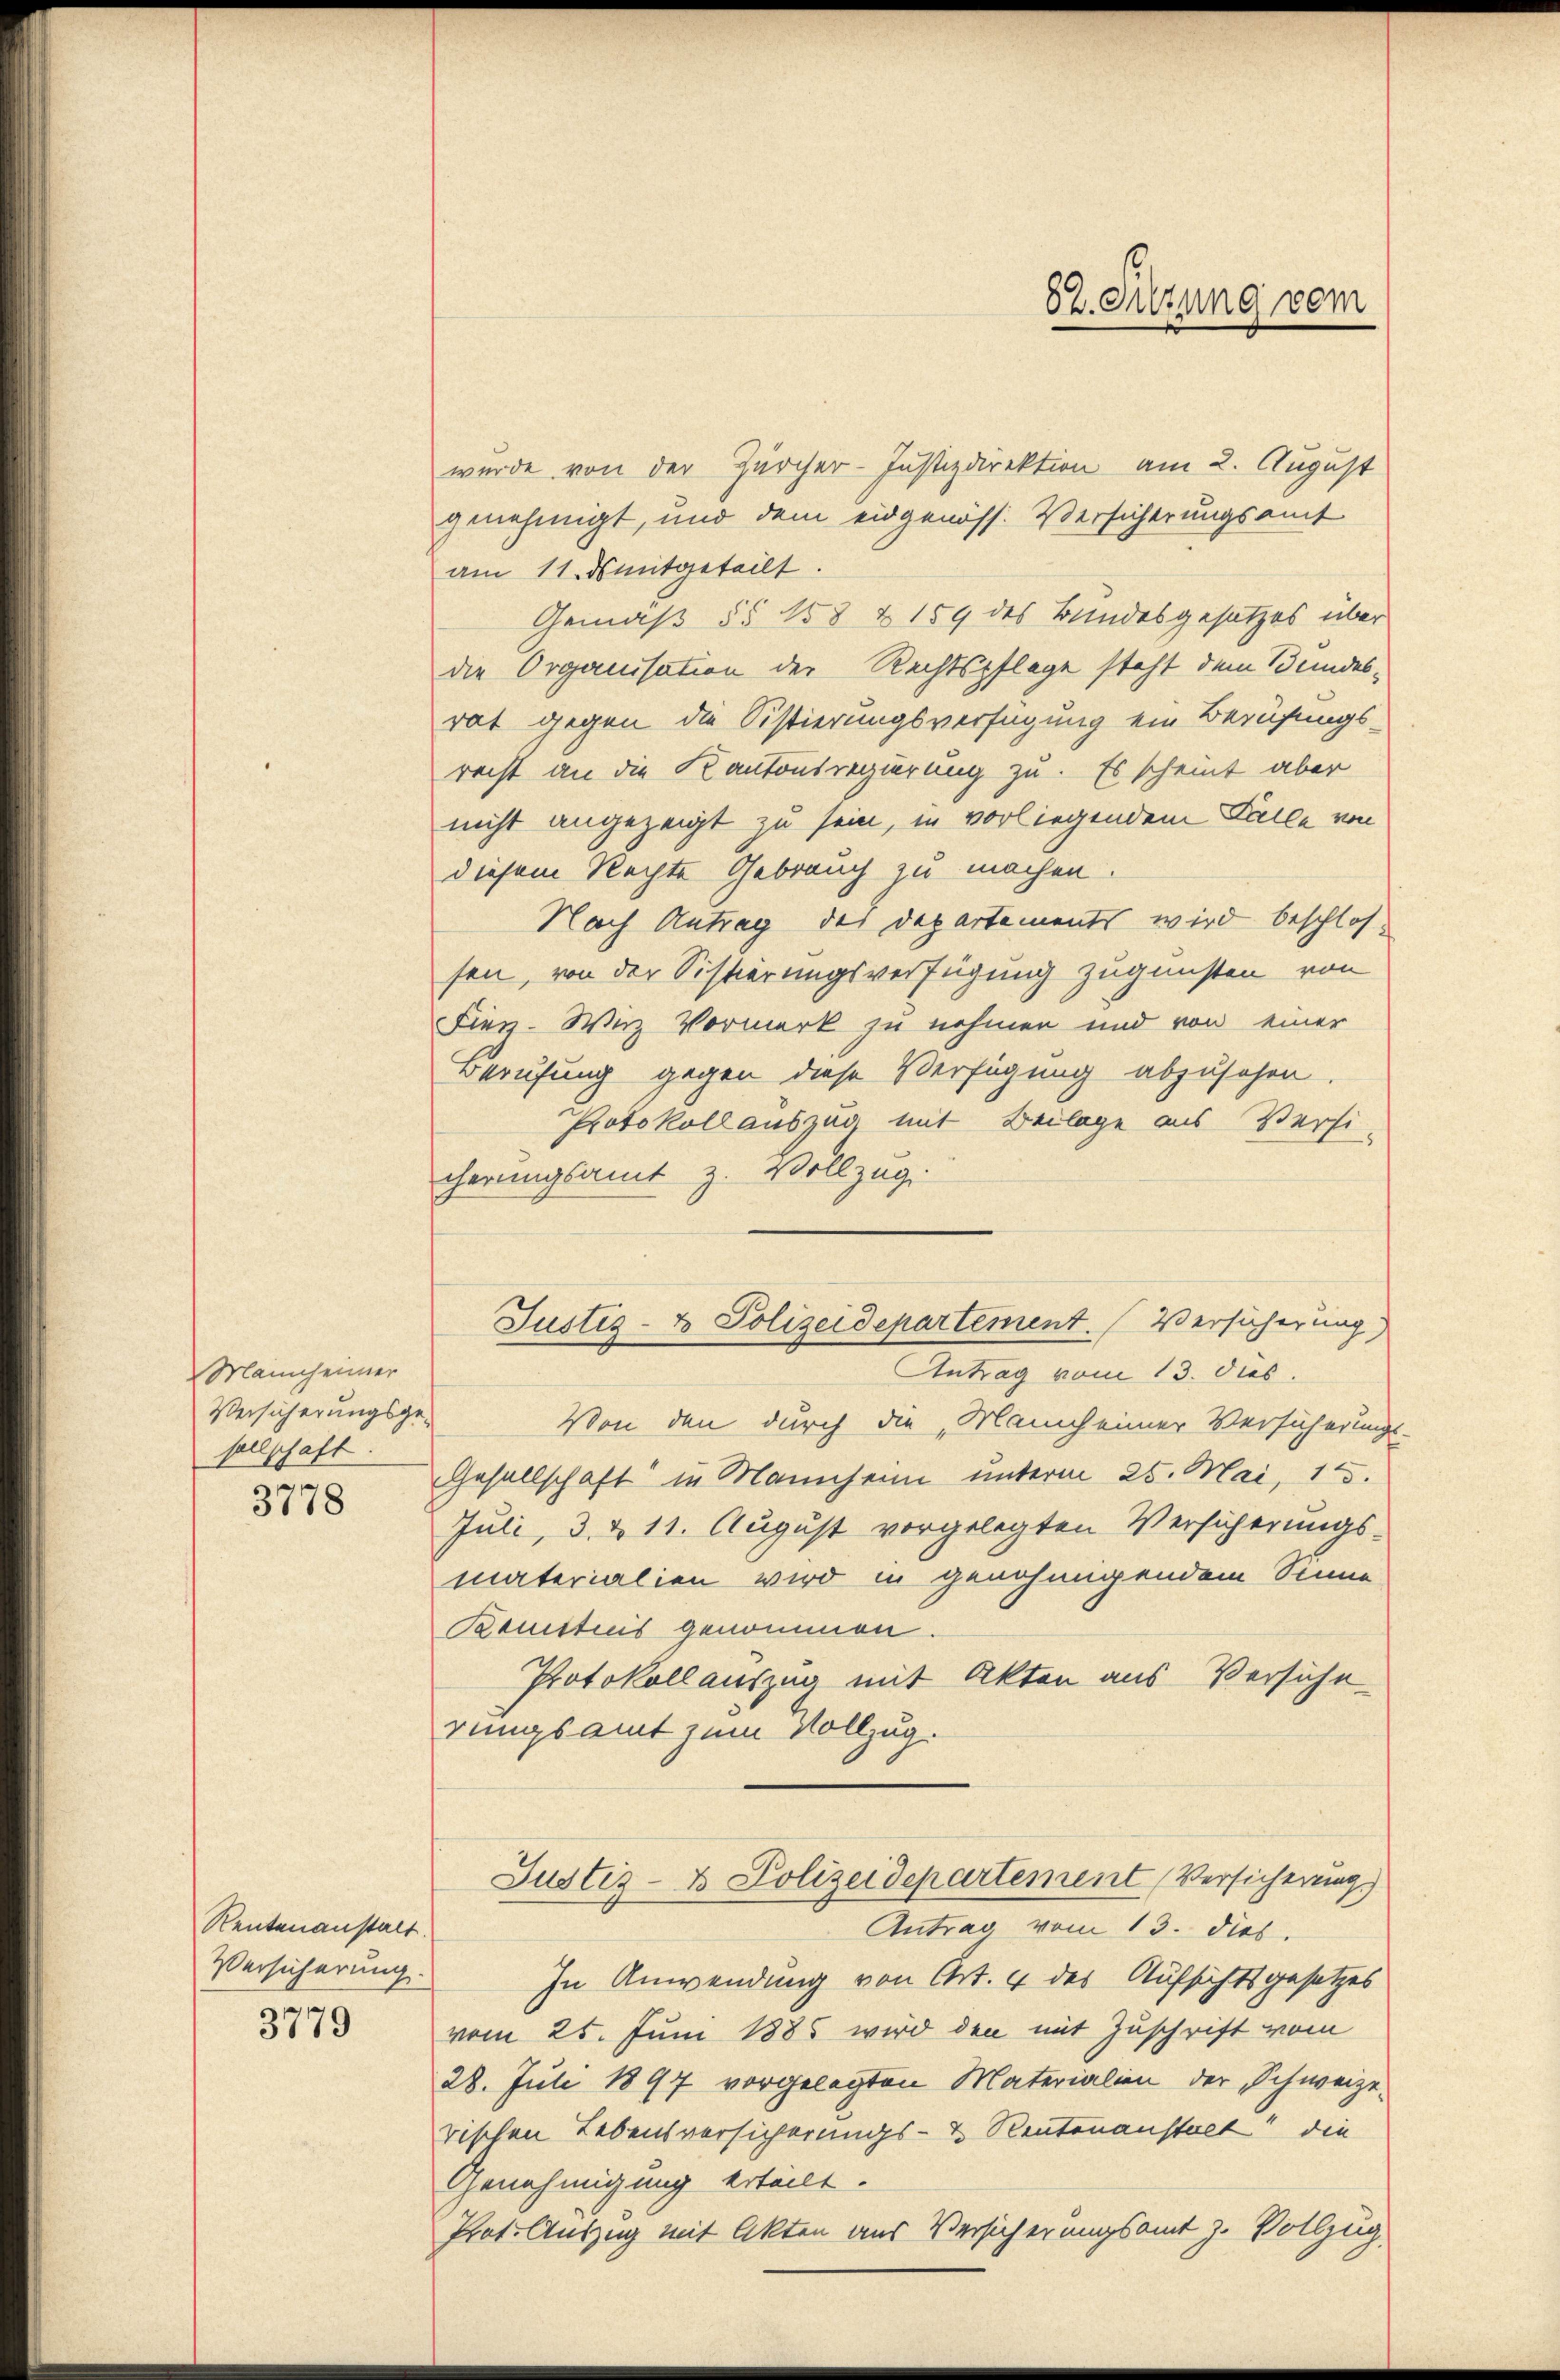
Mannheimer
Versicherungsgesellschaft

3778

Rentenanstalt.
Versicherung.
3779

wurde von der Zürcher-Justizdirektion am 2. August
genehmigt, und dem eidgenöss. Versicherungsamt
am 11. dsmitgeteilt.
Gemäß §§ 158 & 159 des Bundesgesetzes über
die Organisation der Rechtspflege steht dem Bundesrat gegen die Sistierungsverfügung ein Berufungs-
recht an die Kantonsregierung zu. Es scheint aber
nicht angezeigt zu sein, in vorliegendem Falle von
diesem Rechte Gebrauch zu machen.
Nach Antrag des Departements wird beschlos
sen, von der Sistierungsverfügung zugunsten von
Fien. Wirz Vormerk zu nehmen und von einer
Berufung gegen diese Verfügung abzusehen.
Protokoll auszug mit Beilage aus Versi-
cherungsamt z. Vollzug.
Von den durch die „Manch einer Versicherungs-
Gesellschaft in Mannheim unterm 25. Mai, 15.
Juli, d. d. 11. August vorgelegten Versicherungsmaterialien wird in genehmigendem Sinne
Benitens genommen.
Protokollauszug mit Akten aus Versiche
rungsamt zum Vollzug.
Justiz- & Polizeidepartement Versicherung.)
Antrag vom 13. dies.
In Anwendung von Art. 4 des Aufsichtsgesetzes
vom 25. Juni 1885 wird den mit Zuschrift vom
28. Juli 1897 vorgelegten Materialien der Schweizerischen Lebensversicherungs- & Rentenanstalt die
Genehmigung erteilt.
Prot. Auszug mit Akten aus Versicherungsamt z. Vollzug

Justiz- & Polizeidepartement. (Versicherung
Antrag vom 13. dies.

82. Suzung vom